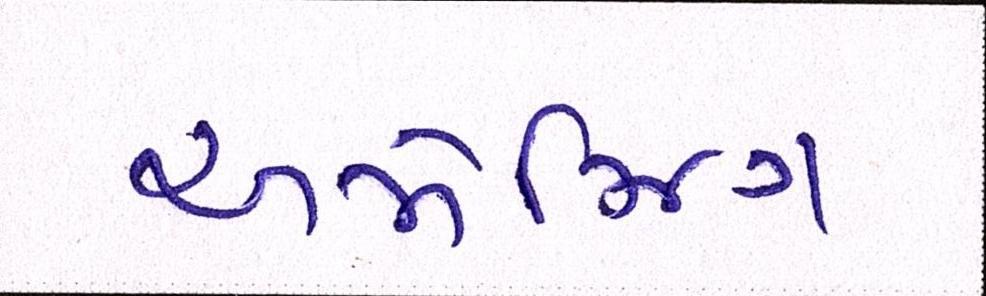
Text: અમેઝિંગ